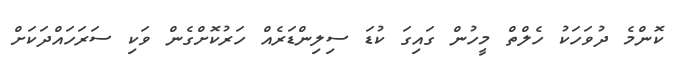
ކޮންމެ ދުވަހަކު ހެލްތް މީހުން ގައިގަ ކުޑަ ސިލިންޑަރެއް ހަރުކޮށްގެން ވަކި ސަރަހައްދަކަށް